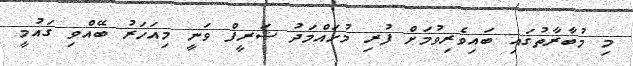
މި މުބާރާތުގައި ބައިވެރިވުމަށް ފުރި މުހައްމަދު ޝަރީފް ވަނީ މިއަހަރު ބޭއްވި ގައުމީ